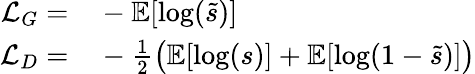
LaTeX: \begin{array}{rl}{\mathcal{L}_{G}=}&{{}-\mathbb{E}[\log(\tilde{s})]}\\ {\mathcal{L}_{D}=}&{{}-\frac{1}{2}\bigl(\mathbb{E}[\log(s)]+\mathbb{E}[\log(1-\tilde{s})]\bigr)}\end{array}